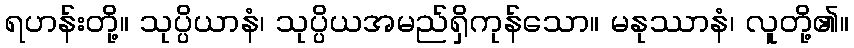
ရဟန်းတို့။ သုပ္ပိယာနံ၊ သုပ္ပိယအမည်ရှိကုန်သော။ မနုဿာနံ၊ လူတို့၏။